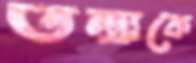
তন্দ্রাকে